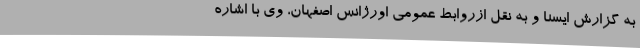
به گزارش ایسنا و به نقل ازروابط عمومی اورژانس اصفهان، وی با اشاره